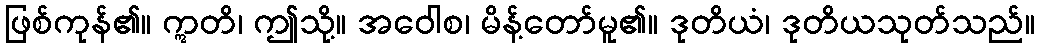
ဖြစ်ကုန်၏။ ဣတိ၊ ဤသို့။ အဝေါစ၊ မိန့်တော်မူ၏။ ဒုတိယံ၊ ဒုတိယသုတ်သည်။